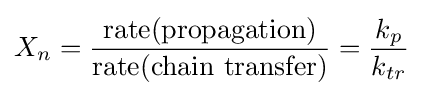
X_{n}={{\text{rate(propagation)}} \over {\text{rate(chain transfer)}}}={k_{p} \over k_{tr}}